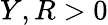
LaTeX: Y,R>0